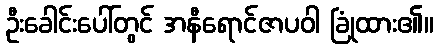
ဦးခေါင်းပေါ်တွင် အနီရောင်ဇာပဝါ ခြုံထား၏။